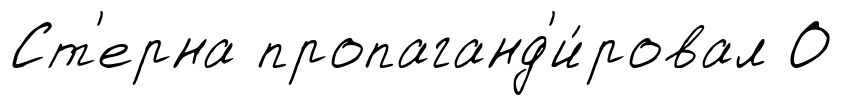
Ст'ерна пропаганд'и́ровал О